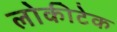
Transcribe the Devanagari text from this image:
लोकीटेक